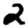
Digit: 2